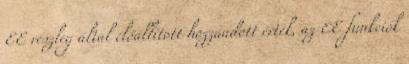
EE részleg által előállított hozzáadott érték, az EE funkciók